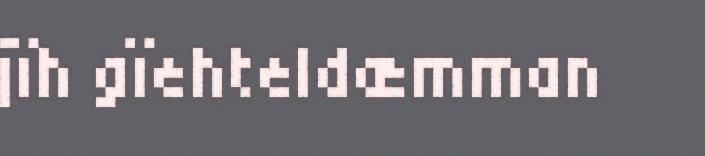
jïh gïehteldæmman